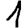
Digit: 1